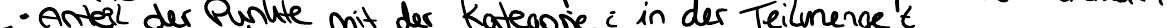
- Anteil der Punkte mit der Kategorie i in der Teilmenge t